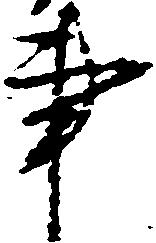
事